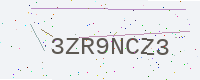
Text: 3ZR9NCZ3